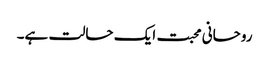
روحانی محبت ایک حالت ہے۔